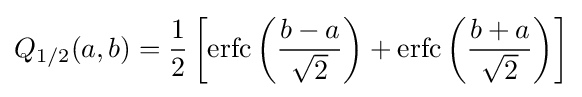
Q_{1/2}(a,b)={\frac {1}{2}}\left[\mathrm {erfc} \left({\frac {b-a}{\sqrt {2}}}\right)+\mathrm {erfc} \left({\frac {b+a}{\sqrt {2}}}\right)\right]